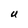
Character: U